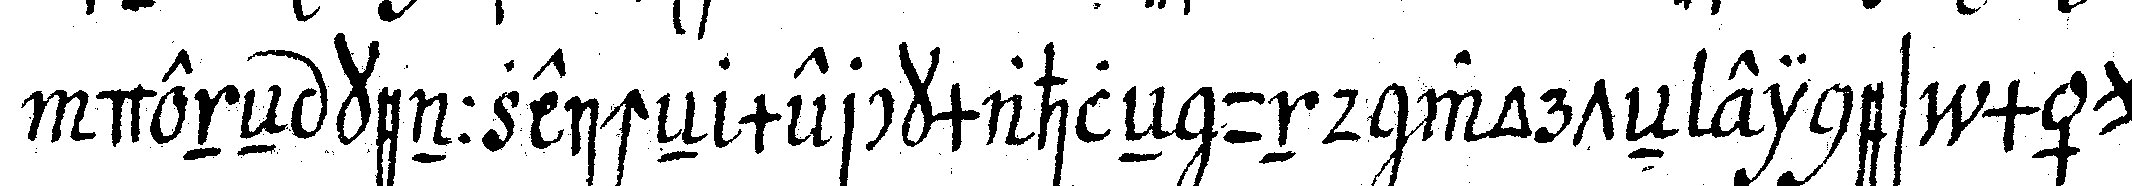
deneN kennzeicheN merckmahleN und worteN eines mäu